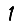
Digit: 1